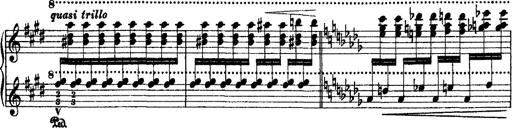
Title: 2 KonzertetÃ¼den
Composer: Franz Liszt